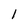
Character: l